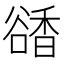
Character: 𧯅